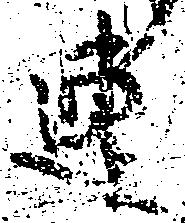
連